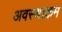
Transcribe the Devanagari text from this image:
अवस्थाक्रम